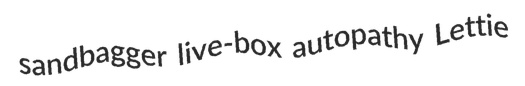
sandbagger live-box autopathy Lettie